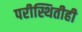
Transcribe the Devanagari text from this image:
परीस्थितीही